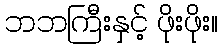
ဘဘကြီးနှင့် ဖိုးဖိုး။